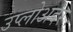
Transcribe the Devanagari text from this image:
उप्लोअदर